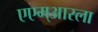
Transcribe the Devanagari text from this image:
एएम्‌आरला